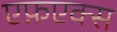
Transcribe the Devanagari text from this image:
एफ़एक्स